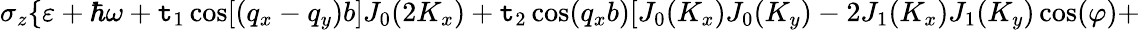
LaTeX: \sigma_{z}\{ \varepsilon+\hbar\omega+\mathtt{t}_{1}\cos[(q_{x}-q_{y})b]J_{0}(2K_{x})+\mathtt{t}_{2}\cos(q_{x}b)[J_{0}(K_{x})J_{0}(K_{y})-2J_{1}(K_{x})J_{1}(K_{y})\cos(\varphi)+